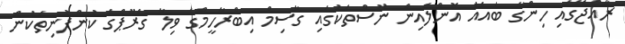
ރާއްޖޭގައި ހިންގާ ބައެއް އޮންލައިން ނޫސްތަކުގައި ގާސިމް އިބްރާހީމްގެ ވިލާ ގްރޫޕްގެ ކުންފުނިތަކުން